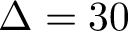
\Delta = 3 0